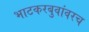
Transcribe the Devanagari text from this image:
भाटकरबुवांवरच